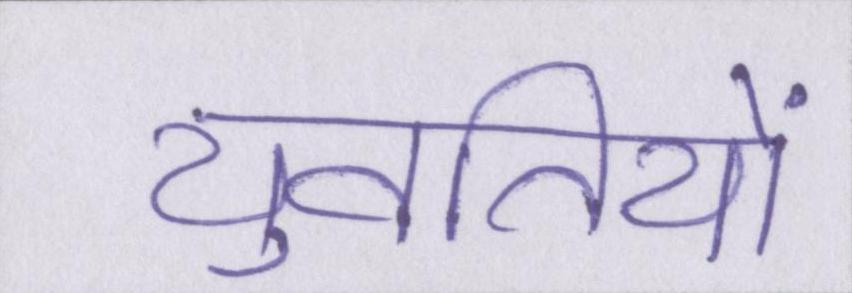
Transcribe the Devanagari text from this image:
युवतियों